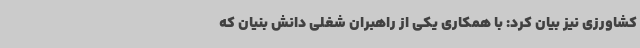
کشاورزی نیز بیان کرد: با همکاری یکی از راهبران شغلی دانش بنیان که